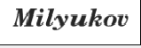
Milyukov